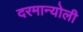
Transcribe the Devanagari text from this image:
दरमान्योली